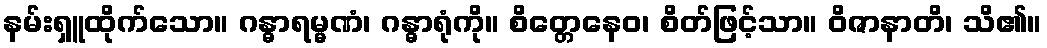
နမ်းရှူထိုက်သော။ ဂန္ဓာရမ္မဏံ၊ ဂန္ဓာရုံကို။ စိတ္တေနေဝ၊ စိတ်ဖြင့်သာ။ ဝိဇာနာတိ၊ သိ၏။